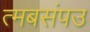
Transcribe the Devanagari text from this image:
त्मबसंपउ